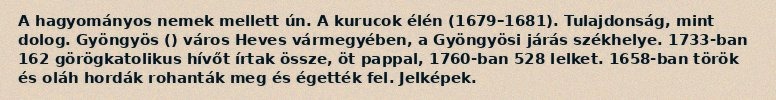
A hagyományos nemek mellett ún. A kurucok élén (1679–1681). Tulajdonság, mint dolog. Gyöngyös () város Heves vármegyében, a Gyöngyösi járás székhelye. 1733-ban 162 görögkatolikus hívőt írtak össze, öt pappal, 1760-ban 528 lelket. 1658-ban török és oláh hordák rohanták meg és égették fel. Jelképek.